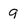
Character: 9